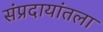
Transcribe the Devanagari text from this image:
संप्रदायांतला